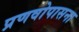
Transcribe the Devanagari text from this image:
प्रणवोपासना